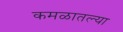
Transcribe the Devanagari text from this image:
कमळातल्या